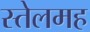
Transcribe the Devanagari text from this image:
स्तेलमह